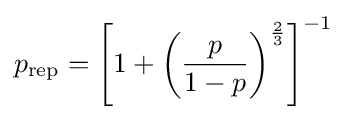
p_{\text{rep}}=\left[1+\left({\frac {p}{1-p}}\right)^{\frac {2}{3}}\right]^{-1}